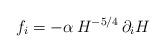
LaTeX: \begin{align*}f_i = - \alpha\, H^{-5/4} \, \partial_i H\end{align*}